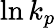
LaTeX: \ln k_{p}